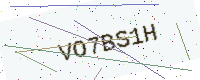
Text: VO7BS1H